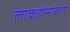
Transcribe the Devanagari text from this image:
लाकडांसोबतच